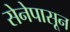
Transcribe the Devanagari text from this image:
सेनेपासून